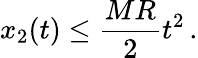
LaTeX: x_{2}(t)\leq\frac{MR}{2}t^{2}\, .